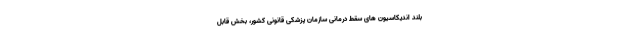
بلند اندیکاسیون های سقط درمانی سازمان پزشکی قانونی کشور، بخش قابل